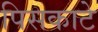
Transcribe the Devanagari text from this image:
पिसकाटे